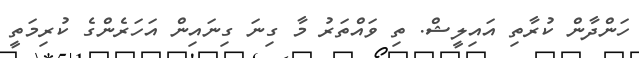
ހަންދާން ކުރާތި އައިލީޝް. ތި ވައްތަރު މާ ގިނަ ގިނައިން އަހަރެންގެ ކުރިމަތީ